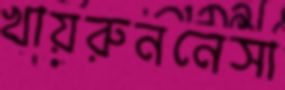
খায়রুননেসা